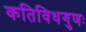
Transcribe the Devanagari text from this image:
कतिविधगुणः